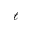
\ell